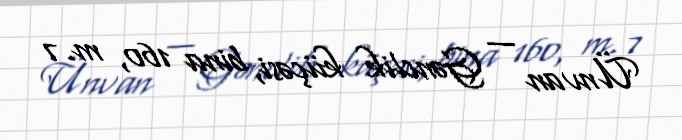
Ünvan — Gənclik küçəsi, bina 160, m. 7